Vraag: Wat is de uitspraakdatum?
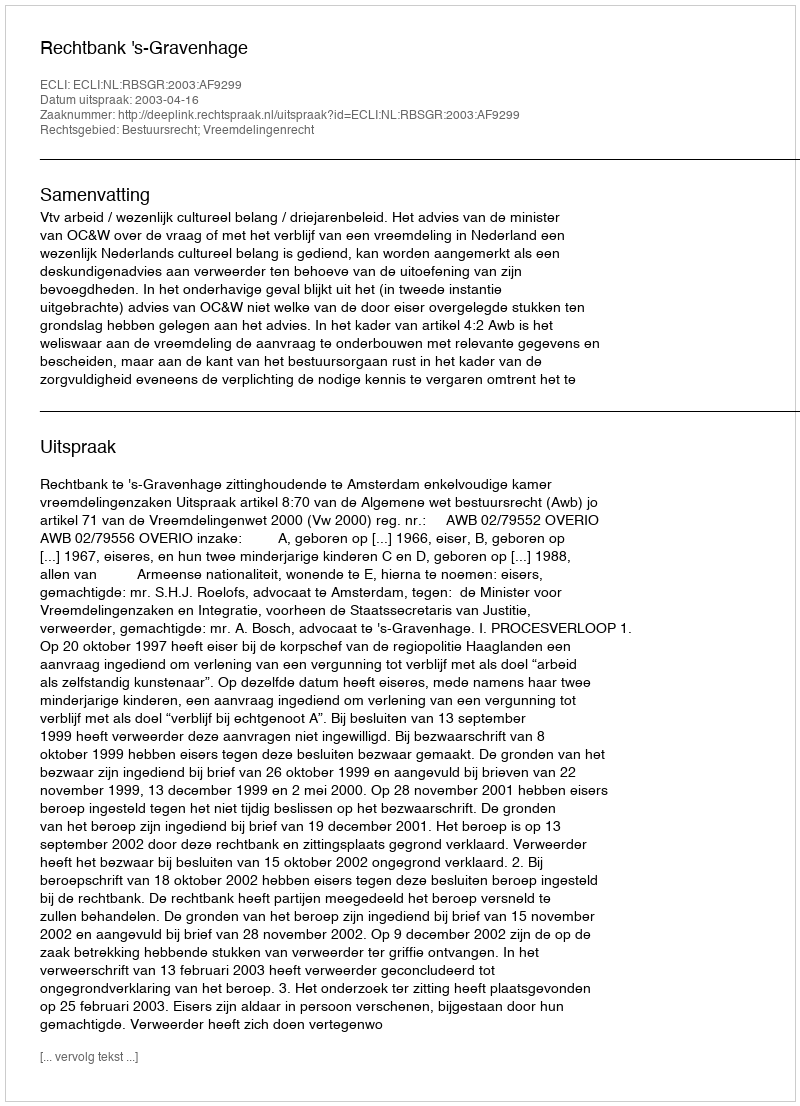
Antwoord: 2003-04-16